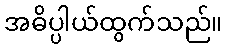
အဓိပ္ပါယ်ထွက်သည်။